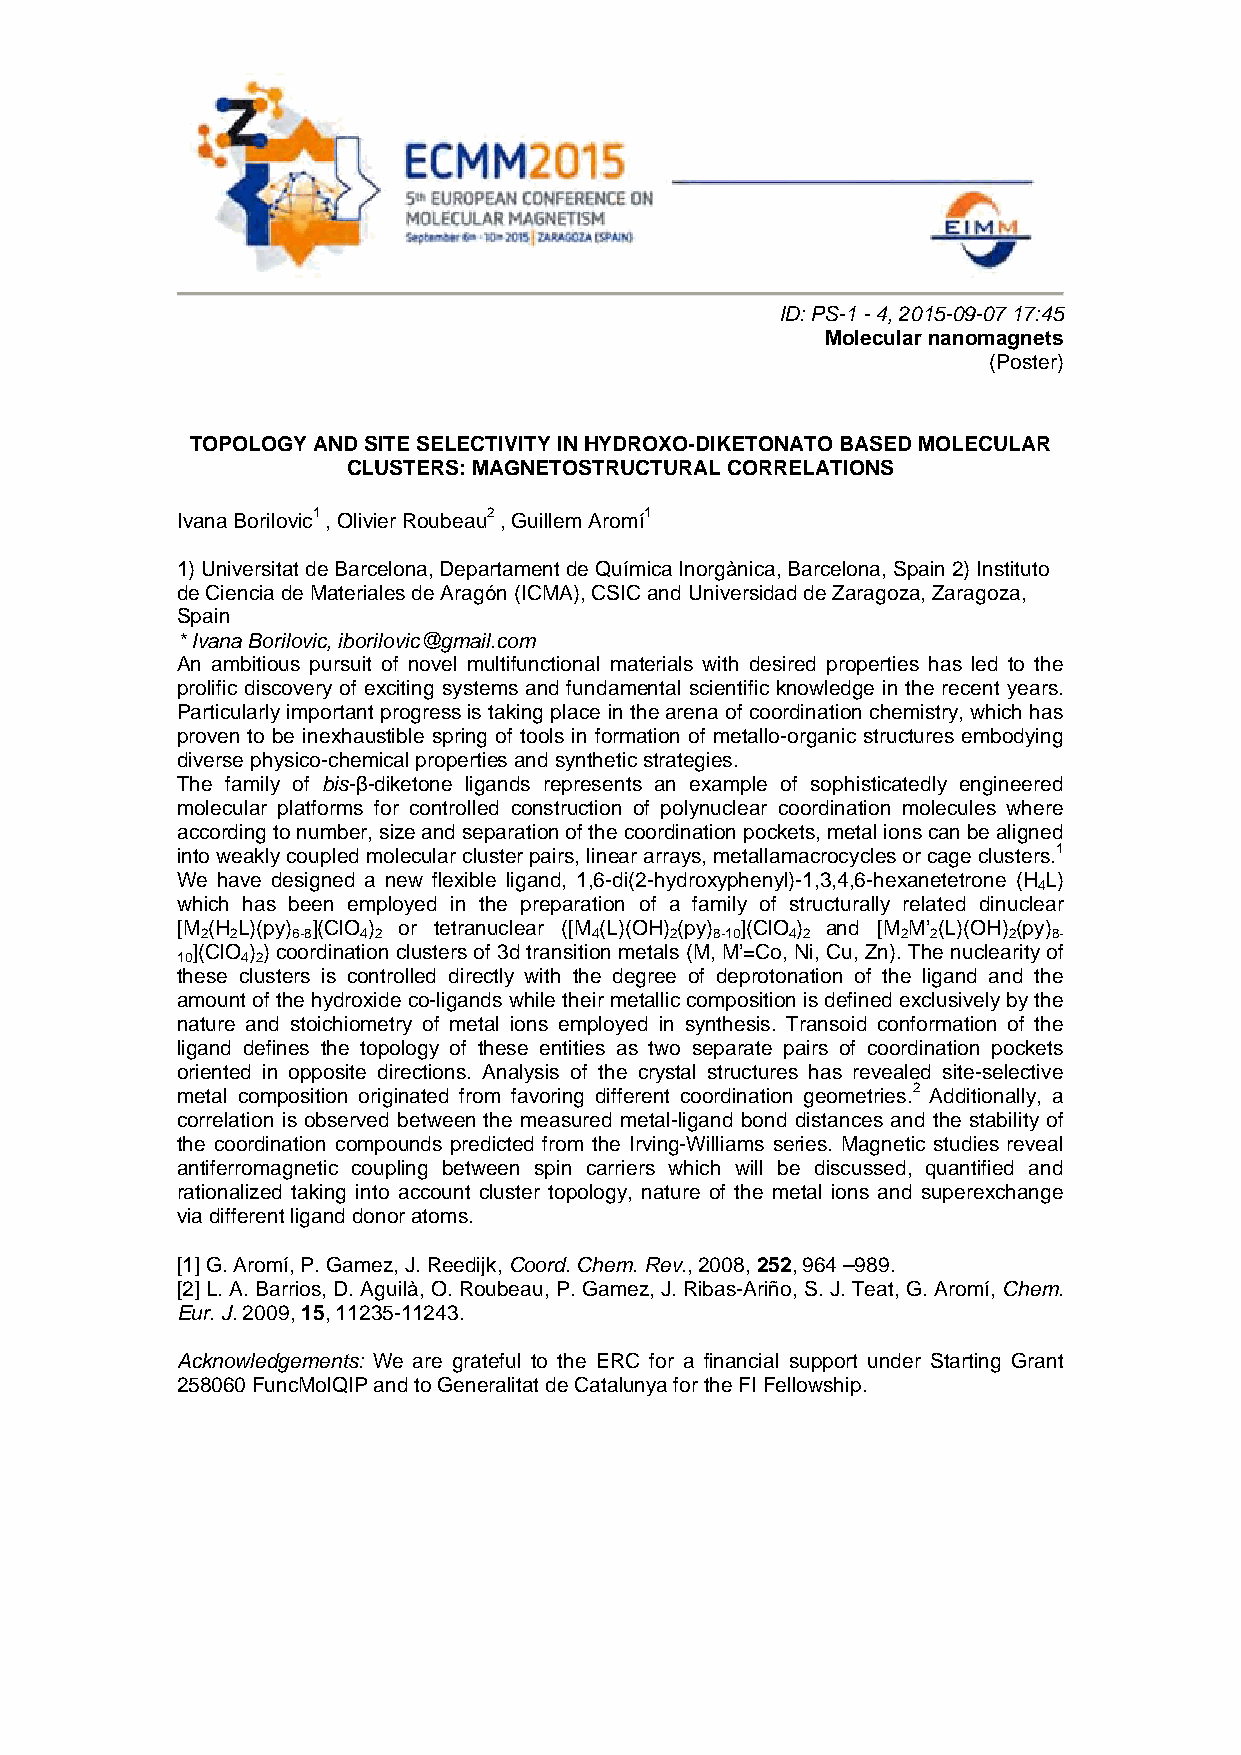
ID: PS-1 - 4, 2015-09-07 17:45
 Molecular nanomagnets
 (Poster)
 TOPOLOGY AND SITE SELECTIVITY IN HYDROXO-DIKETONATO BASED MOLECULAR
 CLUSTERS: MAGNETOSTRUCTURAL CORRELATIONS
 Ivana Borilovic1 , Olivier Roubeau2 , Guillem Aromí1
 1) Universitat de Barcelona, Departament de Química Inorgànica, Barcelona, Spain 2) Instituto
 de Ciencia de Materiales de Aragón (ICMA), CSIC and Universidad de Zaragoza, Zaragoza,
 Spain
 * Ivana Borilovic, iborilovic@gmail.com
 An ambitious pursuit of novel multifunctional materials with desired properties has led to the
 prolific discovery of exciting systems and fundamental scientific knowledge in the recent years.
 Particularly important progress is taking place in the arena of coordination chemistry, which has
 proven to be inexhaustible spring of tools in formation of metallo-organic structures embodying
 diverse physico-chemical properties and synthetic strategies.
 The family of bis-β-diketone ligands represents an example of sophisticatedly engineered
 molecular platforms for controlled construction of polynuclear coordination molecules where
 according to number, size and separation of the coordination pockets, metal ions can be aligned
 into weakly coupled molecular cluster pairs, linear arrays, metallamacrocycles or cage clusters.1
 We have designed a new flexible ligand, 1,6-di(2-hydroxyphenyl)-1,3,4,6-hexanetetrone (H L)
 4
 which has been employed in the preparation of a family of structurally related dinuclear
 [M (H L)(py) ](ClO ) or tetranuclear ([M (L)(OH) (py) ](ClO ) and [M M’ (L)(OH) (py)
 2 2   6-8  4 2            4    2  8-10 4 2     2 2    2  8-
 ](ClO ) ) coordination clusters of 3d transition metals (M, M’=Co, Ni, Cu, Zn). The nuclearity of
 10  4 2
 these clusters is controlled directly with the degree of deprotonation of the ligand and the
 amount of the hydroxide co-ligands while their metallic composition is defined exclusively by the
 nature and stoichiometry of metal ions employed in synthesis. Transoid conformation of the
 ligand defines the topology of these entities as two separate pairs of coordination pockets
 oriented in opposite directions. Analysis of the crystal structures has revealed site-selective
 metal composition originated from favoring different coordination geometries.2 Additionally, a
 correlation is observed between the measured metal-ligand bond distances and the stability of
 the coordination compounds predicted from the Irving-Williams series. Magnetic studies reveal
 antiferromagnetic coupling between spin carriers which will be discussed, quantified and
 rationalized taking into account cluster topology, nature of the metal ions and superexchange
 via different ligand donor atoms.
 [1] G. Aromí, P. Gamez, J. Reedijk, Coord. Chem. Rev., 2008, 252, 964 –989.
 [2] L. A. Barrios, D. Aguilà, O. Roubeau, P. Gamez, J. Ribas-Ariño, S. J. Teat, G. Aromí, Chem.
 Eur. J. 2009, 15, 11235-11243.
 Acknowledgements: We are grateful to the ERC for a financial support under Starting Grant
 258060 FuncMolQIP and to Generalitat de Catalunya for the FI Fellowship.